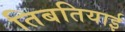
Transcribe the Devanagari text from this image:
तिबतियाई